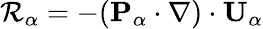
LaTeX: \mathcal R_{\alpha}=-(\mathbf{P}_{\alpha}\cdot\nabla)\cdot\mathbf{U}_{\alpha}